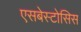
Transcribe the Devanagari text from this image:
एसबेस्टोसिस